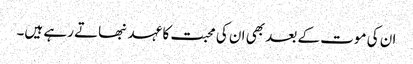
ان کی موت کے بعد بھی ان کی محبت کا عہد نبھاتے رہے ہیں۔